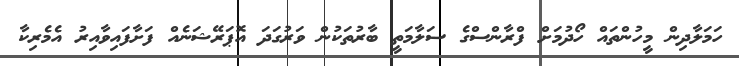
ހަމަލާދިން މީހުންތައް ހޯދުމަށް ފްރާންސްގެ ސަލާމަތީ ބާރުތަކުން ވަރުގަދަ އޮޕަރޭޝަނެއް ފަށާފައިވާއިރު އެމެރިކާ